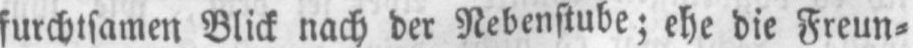
furchtsamen Blick nach der Nebenstube; ehe die Freun⸗